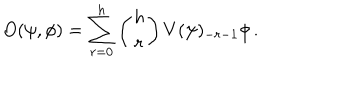
O ( \psi , \phi ) = \sum _ { r = 0 } ^ { h } \left( { h \atop r } \right) V ( \psi ) _ { - r - 1 } \phi \, .